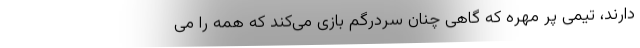
دارند، تیمی پر مهره که گاهی چنان سردرگم بازی می‌کند که همه را می‌